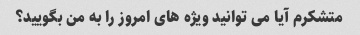
متشکرم آیا می توانید ویژه های امروز را به من بگویید؟